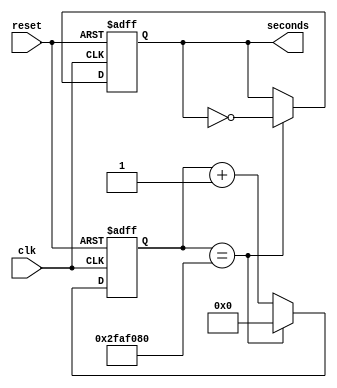
`timescale 1ns / 1ps

//
//module Clock_divider(clk_in,clk_out);
//	input clk_in;
//	output clk_out;
//	wire clk_out;
//	integer m;
//	initial m=0;
//
//	always @ (posedge clk_in)
//
//	begin
//		 m<=m+1;
//	end
//
//	assign clk_out  = m[10];
//
//endmodule



module Clock_divider (seconds,clk,reset);

output reg seconds;
input clk, reset; 
reg [26:0] count;

always @(posedge clk or posedge reset)
begin
    if(reset) begin
        count   <= 0;
        seconds <= 0;
    end else if (count == 27'd50_000_000) begin 
        count   <= 0;
        seconds <= ~seconds;
    end else begin
        count   <= count + 1'b1;    
    end 
end

endmodule